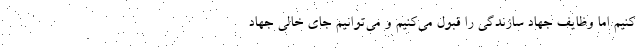
کنیم اما وظایف جهاد سازندگی را قبول می‌کنیم و می‌توانیم جای خالی جهاد